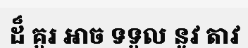
ដ៏ គួរ អាច ទទួល នូវ តាវ